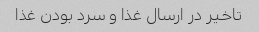
تاخیر در ارسال غذا و سرد بودن غذا